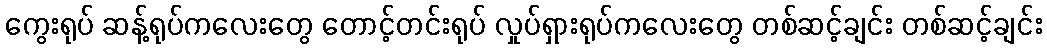
ကွေးရုပ် ဆန့်ရုပ်ကလေးတွေ တောင့်တင်းရုပ် လှုပ်ရှားရုပ်ကလေးတွေ တစ်ဆင့်ချင်း တစ်ဆင့်ချင်း